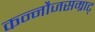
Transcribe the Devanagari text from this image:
कन्नौजसम्राट्